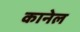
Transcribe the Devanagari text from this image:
कानेल